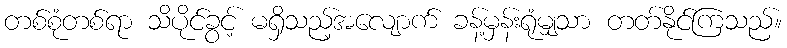
တစ်စုံတစ်ရာ သိပိုင်ခွင့် မရှိသည့်အလျောက် ခန့်မှန်းရုံမျှသာ တတ်နိုင်ကြသည်။